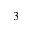
_ 3